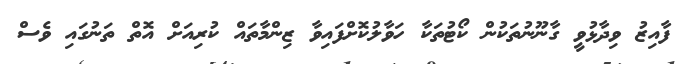
ފާއިޒު ވިދާޅުވީ ގާނޫނުތަކުން ކޯޓުތަކާ ހަވާލުކޮށްފައިވާ ޒިންމާތައް ކުރިއަށް އޮތް ތަނުގައި ވެސް